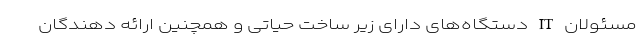
مسئولان IT دستگاه‌های دارای زیر ساخت حیاتی و همچنین ارائه دهندگان